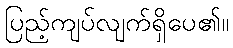
ပြည့်ကျပ်လျက်ရှိပေ၏။